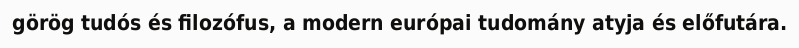
görög tudós és filozófus, a modern európai tudomány atyja és előfutára.